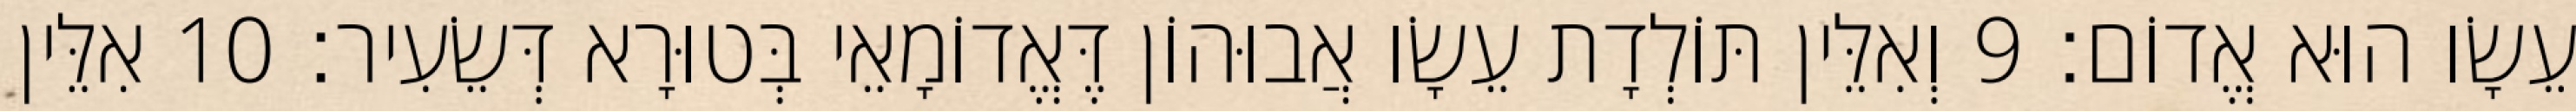
עֵשָׂו הוּא אֱדוֹם׃ 9 וְאִלֵּין תּוֹלְדָת עֵשָׂו אֲבוּהוֹן דֶּאֱדוֹמָאֵי בְּטוּרָא דְּשֵׂעִיר׃ 10 אִלֵּין